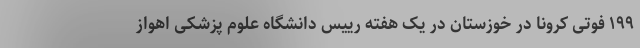
۱۹۹ فوتی کرونا در خوزستان در یک هفته رییس دانشگاه علوم پزشکی اهواز